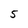
Character: 5